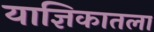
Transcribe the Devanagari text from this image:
याज्ञिकातला